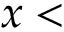
x <